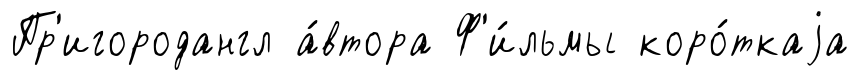
Пр'игородангл а́втора Ф'и́льмы коро́ткаjа